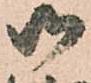
御